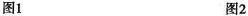
图1 图2